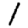
Digit: 1